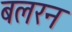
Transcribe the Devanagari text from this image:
बलरन